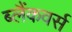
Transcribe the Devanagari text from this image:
ब्लैंकवर्स